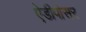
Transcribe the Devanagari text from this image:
ऐडीपोसर